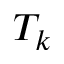
T _ { k }